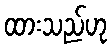
ထားသည်ဟု